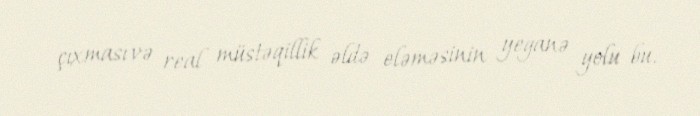
çıxması və real müstəqillik əldə eləməsinin yeganə yolu bu.